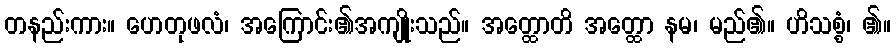
တနည်းကား။ ဟေတုဖလံ၊ အကြောင်း၏အကျိုးသည်။ အတ္ထောတိ အတ္ထော နမ၊ မည်၏။ ဟိသစ္စံ၊ ၏။